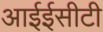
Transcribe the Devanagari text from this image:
आईईसीटी